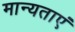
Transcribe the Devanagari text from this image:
मान्‍यताएं